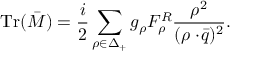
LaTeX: \mathrm { T r } ( \bar { M } ) = { \frac { i } { 2 } } \sum _ { \rho \in \Delta _ { + } } g _ { \rho } F _ { \rho } ^ { \cal R } { \frac { \rho ^ { 2 } } { ( \rho \cdot \! \bar { q } ) ^ { 2 } } } .